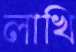
লাখি